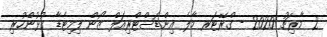
2 މާރިޗު 2020 - ގްރޭޓަރ މާލެ އިންޑަސްޓްރިއަލް ޒޯން ލިމިޓެޑާ ގުޅުންހުރި